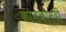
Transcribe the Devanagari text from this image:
कालकौमुदी